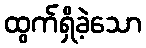
ထွက်ရှိခဲ့သော